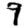
Digit: 9